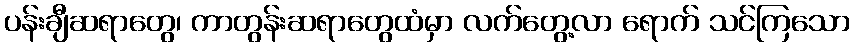
ပန်းချီဆရာတွေ၊ ကာတွန်းဆရာတွေထံမှာ လက်တွေ့လာ ရောက် သင်ကြသော